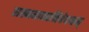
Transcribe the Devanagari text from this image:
सख्यमात्मनिवेदनम्